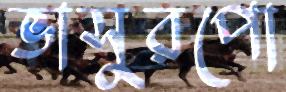
ভাসুরপো